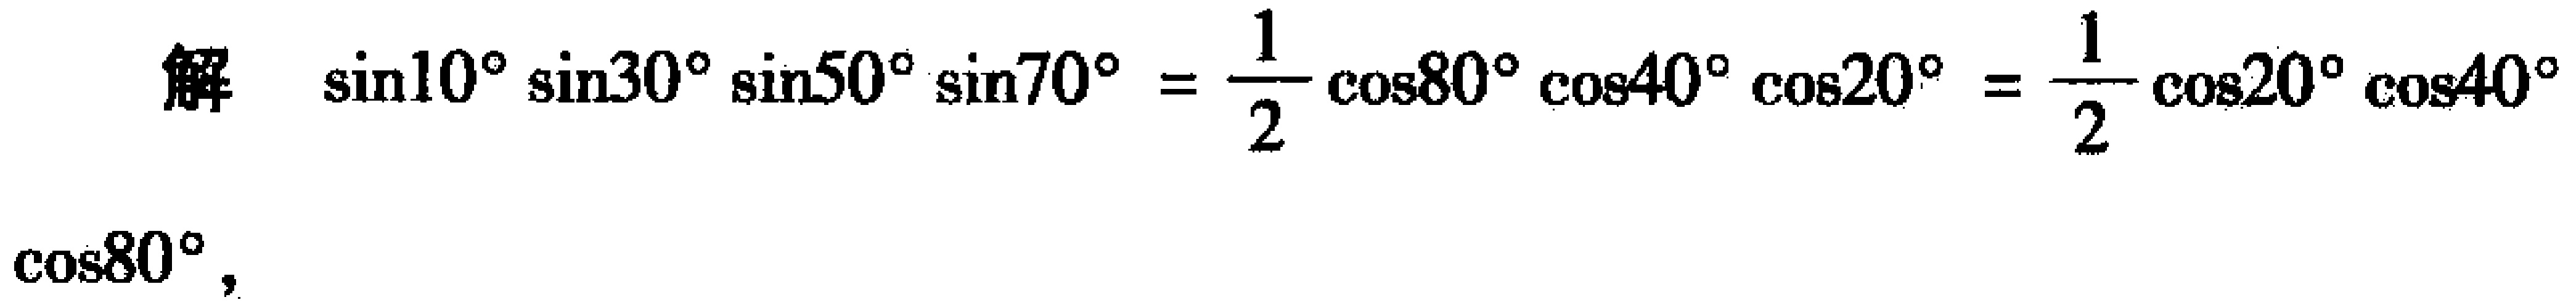
解 \(\sin10^{\circ}\sin30^{\circ}\sin50^{\circ}\sin70^{\circ}=\frac{1}{2}\cos80^{\circ}\cos40^{\circ}\cos20^{\circ}=\frac{1}{2}\cos20^{\circ}\cos40^{\circ}\)
\(\cos80^{\circ}\)，